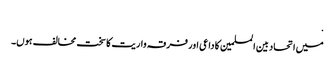
.
میں اتحاد بین المسلمین کا داعی اور فرقہ واریت کا سخت مخالف ہوں۔